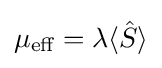
\mu _{\text{eff}}=\lambda \langle {\hat {S}}\rangle